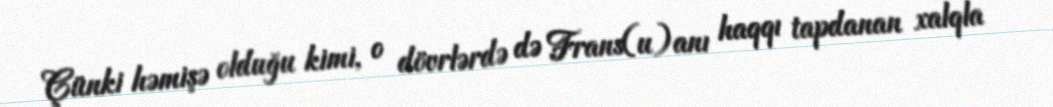
Çünki həmişə olduğu kimi, o dövrlərdə də Frans(u)anı haqqı tapdanan xalqla